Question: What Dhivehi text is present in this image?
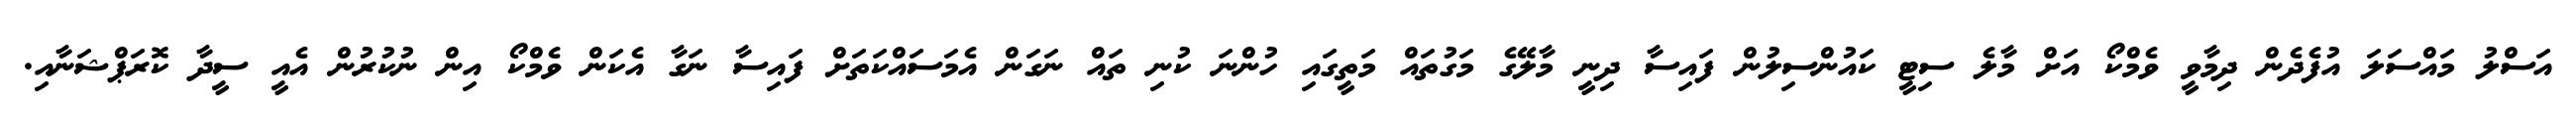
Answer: އަސްލު މައްސަލަ އުފެދެން ދިމާވީ ވެމްކޯ އަށް މާލެ ސިޓީ ކައުންސިލުން ފައިސާ ދިނީ މާލޭގެ މަގުތައް މަތީގައި ހުންނަ ކުނި ތައް ނަގަން އެމަސައްކަތަށް ފައިސާ ނަގާ އެކަން ވެމްކޯ އިން ނުކުރުން އެއީ ސީދާ ކޮރަޕްޝަނާއި.